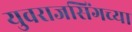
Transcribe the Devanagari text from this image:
युवराजसिंगच्या